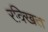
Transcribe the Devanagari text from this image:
रक्खित